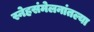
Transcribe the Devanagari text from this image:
स्नेहसंमेलनांतल्या